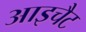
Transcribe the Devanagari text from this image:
आइचैट